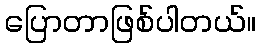
ပြောတာဖြစ်ပါတယ်။